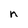
Character: n